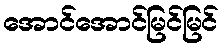
အောင်အောင်မြင်မြင်